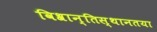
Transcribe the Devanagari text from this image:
विश्रान्तिस्थानतया